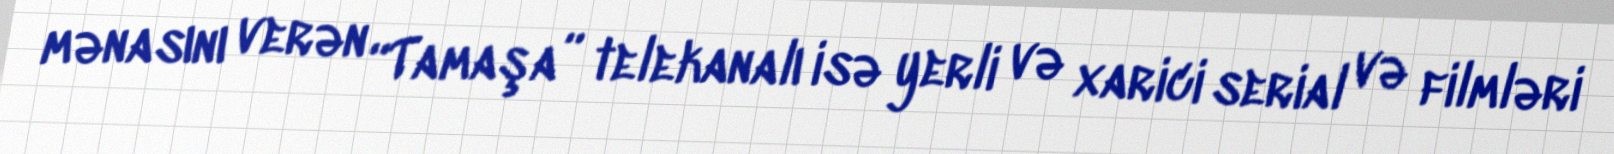
mənasını verən “Tamaşa” telekanalı isə yerli və xarici serial və filmləri